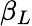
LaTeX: \beta_{L}